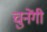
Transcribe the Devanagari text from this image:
चुनेंगी